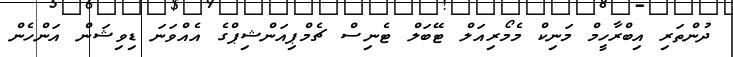
ދުންތަރި އިބްރާހީމް މަނިކް މެމޯރިއަލް ޓޭބަލް ޓެނިސް ޗެމްޕިއަންޝިޕްގެ އެއްވަނަ ޑިވިޝަން އަންހެން